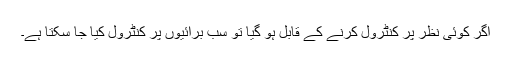
اگر کوئی نظر پر کنٹرول کرنے کے قابل ہو گیا تو سب برائیوں پر کنٹرول کیا جا سکتا ہے۔